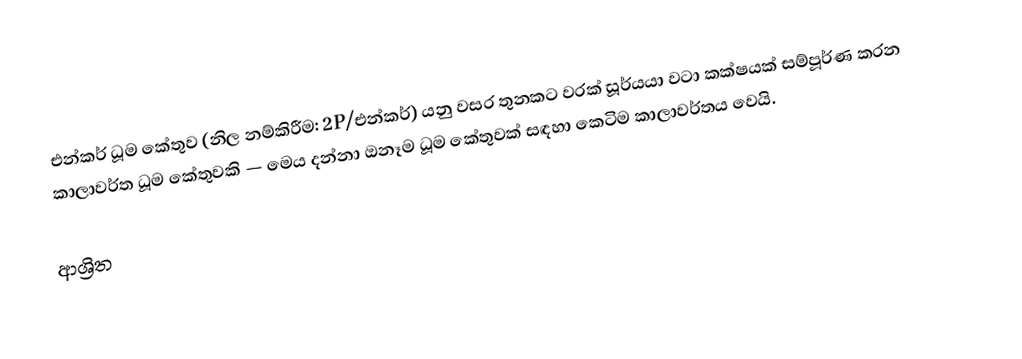
එන්කර් ධූම කේතුව (නිල නම්කිරීම: 2P/එන්කර්) යනු  වසර තුනකට වරක් සූර්යයා වටා කක්ෂයක් සම්පූර්ණ කරන කාලාවර්ත ධූම කේතුවකි  — මෙය දන්නා ඔනෑම ධූම කේතුවක් සඳහා කෙටිම කාලාවර්තය වෙයි.

ආශ්‍රිත